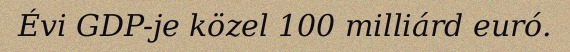
Évi GDP-je közel 100 milliárd euró.